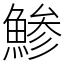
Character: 鯵